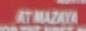
at